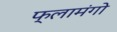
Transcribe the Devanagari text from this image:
फ्लामंगो